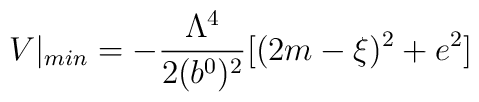
V|_{min}=-{\Lambda^4\over 2(b^0)^2}[(2m-\xi)^2 +e^2]